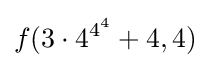
f(3\cdot 4^{4^{4}}+4,4)